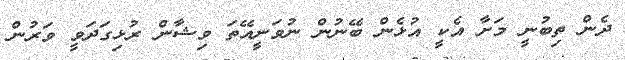
ދެން ތިބުނީ މަށާ އެކީ އުޅެން ބޭނުން ނުވަނީއޭތަ ވިޝާން ރުޅިގަދަވީ ވަރުން